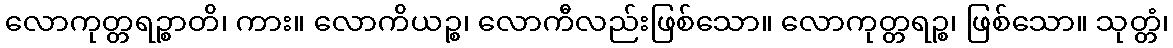
လောကုတ္တရဉ္စာတိ၊ ကား။ လောကိယဉ္စ၊ လောကီလည်းဖြစ်သော။ လောကုတ္တရဉ္စ၊ ဖြစ်သော။ သုတ္တံ၊